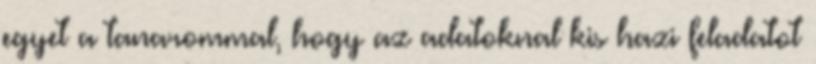
egyet a tanarommal, hogy az adatoknal kis hazi feladatot